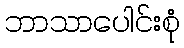
ဘာသာပေါင်းစုံ